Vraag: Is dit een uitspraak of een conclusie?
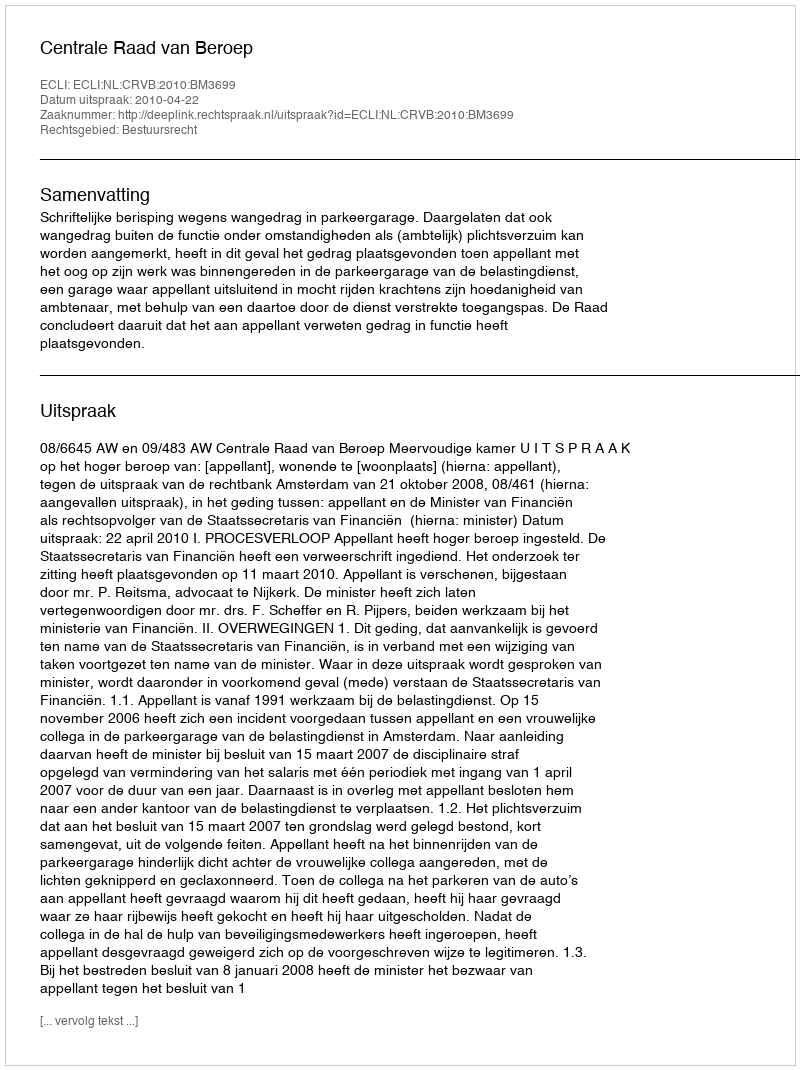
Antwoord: Uitspraak